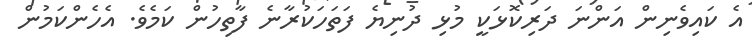
އެ ކައިވެނިން އަންނަ ދަރިކޮޅަކީ މުޅި ދުނިޔެ ފަތަހަކުރާނެ ފާތިހުން ކަމެވެ. އެހެންކަމުން